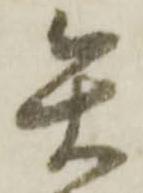
矢